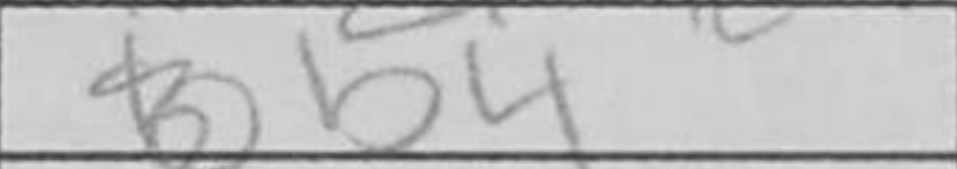
Transcription: b4